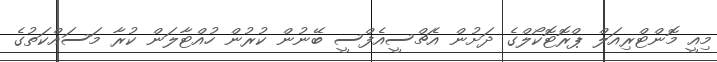
މިއީ މޮންޓްރިއަލް ޕްރޮޓޮކޯލްގެ ދަށުން އެޗްސީއެފްސީ ބޭނުން ކުރުން ހުއްޓާލަން ކުރާ މަސައްކަތުގެ